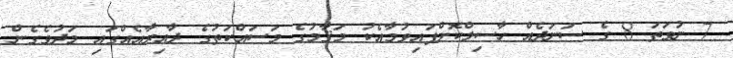
7 ނުވަތަ 8 ގެ ސަނަދެއް ހާސިލްކޮށްފައިވުމާއެކު މަޤާމުގެ މަސައްކަތުގެ ދާއިރާއެއްގައި މަދުވެގެން